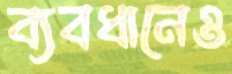
ব্যবধানেও